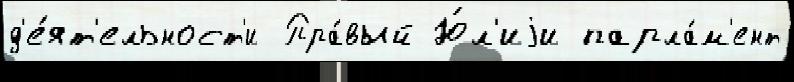
д'е́ят'ельност'и Пра́вый Ю́л'иjи парла́м'ент